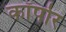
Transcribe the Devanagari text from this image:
कॉर्पोर